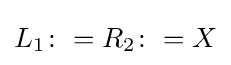
L_{1}\colon =R_{2}\colon =X